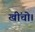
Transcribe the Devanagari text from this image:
खींचो।